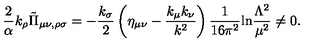
{ \frac { 2 } { \alpha } } k _ { \rho } \tilde { \Pi } _ { \mu \nu , \rho \sigma } = - { \frac { k _ { \sigma } } { 2 } } \left( \eta _ { \mu \nu } - { \frac { k _ { \mu } k _ { \nu } } { k ^ { 2 } } } \right) { \frac { 1 } { 1 6 \pi ^ { 2 } } } \mathrm { l n } { \frac { \Lambda ^ { 2 } } { \mu ^ { 2 } } } \neq 0 .